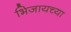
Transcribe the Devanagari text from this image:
भिजायच्या